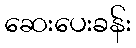
ဆေးပေးခန်း